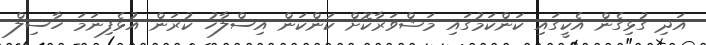
އަދި ގުޅިގެން އެކީގައި ކަންކަމުގައި މަޝްވަރާކޮށް ކަންކަން އިސްލާހު ކުރަން އުޅެފިނަމަ ހާސިލް